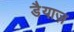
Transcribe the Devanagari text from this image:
डैयाज़